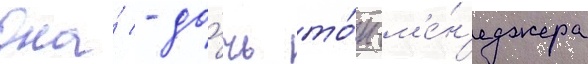
Она́ - до́чь то́п-м'е́н'еджера